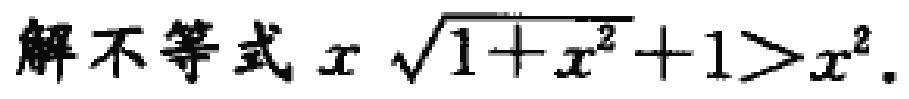
解不等式\(x\sqrt{1 + x^{2}}+1>x^{2}\)。